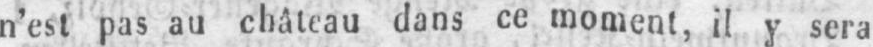
n’est pas au château dans ce moment, il y sera